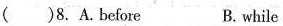
( )8.A.Before B. while